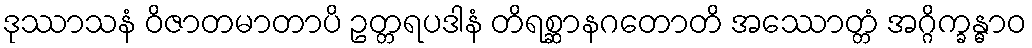
ဒုဿာသနံ ဝိဇာတမာတာပိ ဥတ္တရပဒါနံ တိရစ္ဆာနဂတောတိ အဿောတ္တံ အဂ္ဂိက္ခန္ဓာဝ